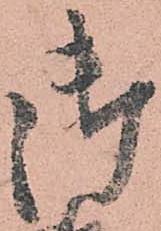
御